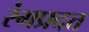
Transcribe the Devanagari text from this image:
रंगप्रदत्त